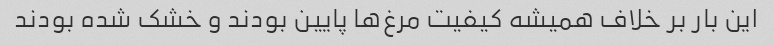
این بار بر خلاف همیشه کیفیت مرغ‌ها پایین بودند و خشک شده بودند